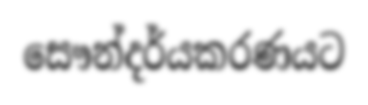
සෞන්දර්යකරණයට